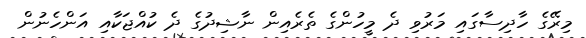
މިރޭގެ ހާދިސާގައި މަރުވި ދެ މީހުންގެ ތެރެއިން ނާޝިދުގެ ދެ ކުއްޖަކާއި އަންހެނުން